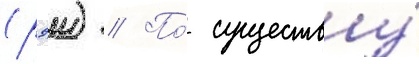
(рэи) // По́ существу́